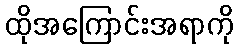
ထိုအကြောင်းအရာကို